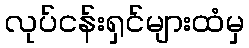
လုပ်ငန်းရှင်များထံမှ